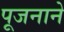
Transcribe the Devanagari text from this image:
पूजनाने